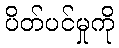
ပိတ်ပင်မှုကို